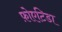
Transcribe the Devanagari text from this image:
फ़ोएटिडा